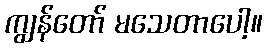
ကျွန်တော် မသေတာပေါ့။